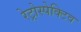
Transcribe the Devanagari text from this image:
रेट्रोस्‍पेक्टिव